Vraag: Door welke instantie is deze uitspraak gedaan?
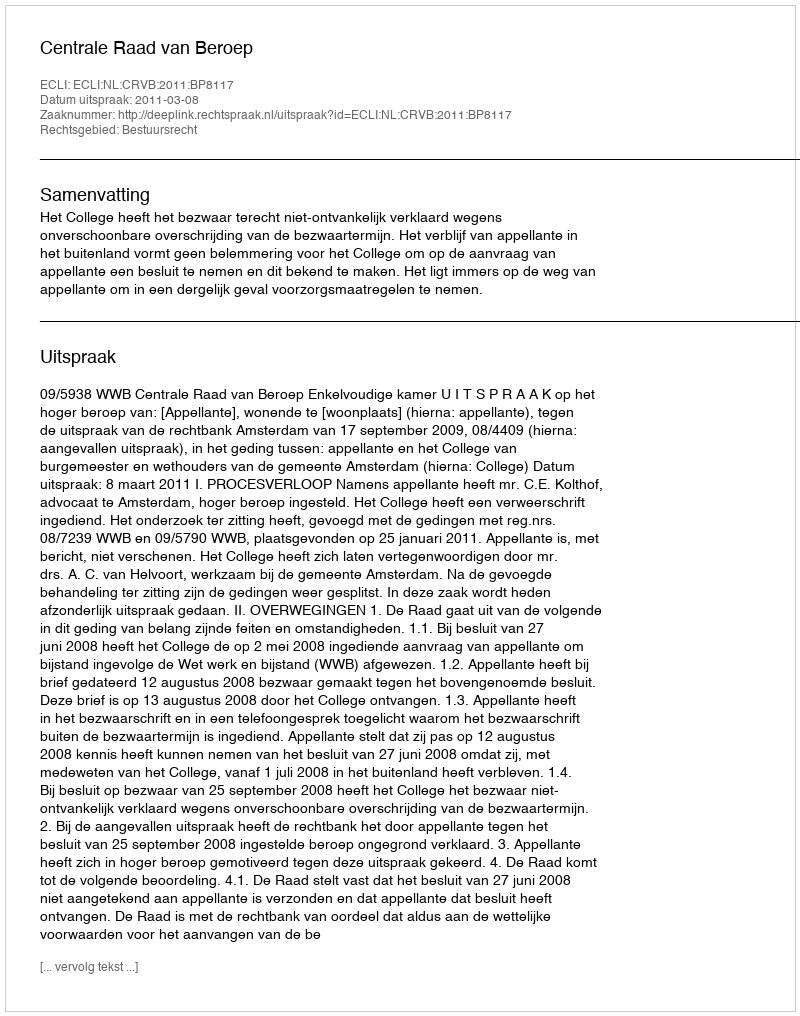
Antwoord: Centrale Raad van Beroep